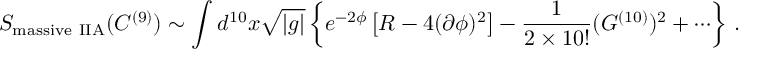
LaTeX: S _ { \mathrm { m a s s i v e \ I I A } } ( C ^ { ( 9 ) } ) \sim \int d ^ { 1 0 } x { \sqrt { | g | } } \left\{ e ^ { - 2 \phi } \left[ R - 4 ( \partial \phi ) ^ { 2 } \right] - \frac { 1 } { 2 \times 1 0 ! } ( G ^ { ( 1 0 ) } ) ^ { 2 } + \cdots \right\} \, .